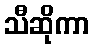
သီဆိုကာ